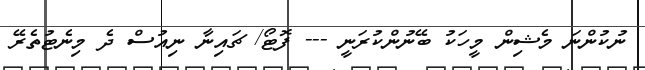
ނުކުންނަ މެޝިން މީހަކު ބޭނުންކުރަނީ --- ފޮޓޯ/ ޗައިނާ ނިއުސް ދެ މިނެޓުތެރޭ